Indian Medical Review
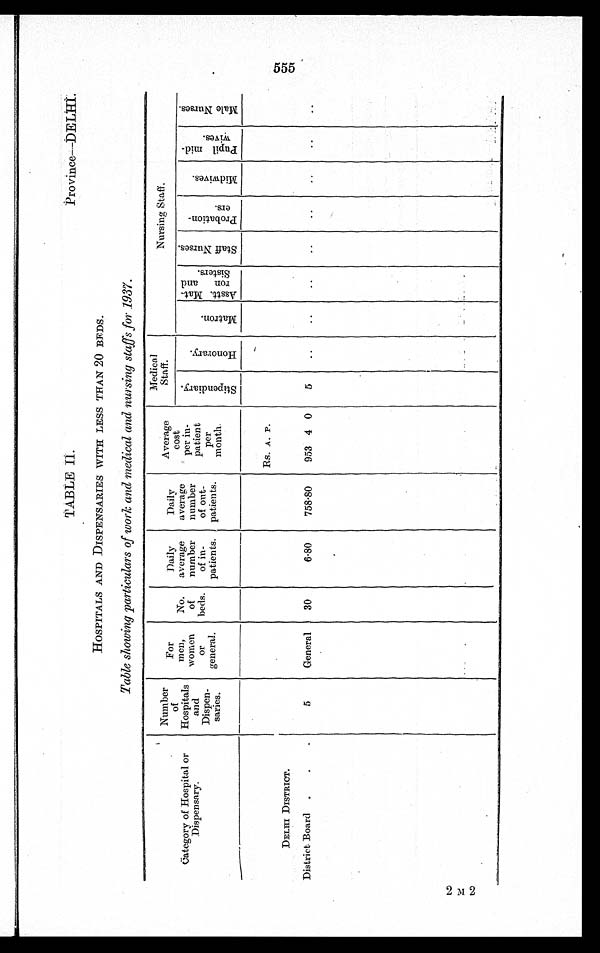
TABLE II.
Province—DELHI.
HOSPITALS AND DISPENSARIES WITH LESS THAN 20 BEDS.
Table showing particulars of work and medical and nursing staffs for 1937.
Category of Hospital or
Dispensary.
Number
of
Hospitals
and
Dispen-
saries.
For
men,
women
or
general .
No.
of
beds.
Daily
average
number
of in-
patients.
Daily
average
number
of out-
patients.
Average
cost
per in-
patient
per
month.
Medical
Staff.
Nursing Staff.
S t i p e n d i a r y .
H o n o r a r y .
M a t r o n .
A s s t t . M a t -
r o n a n d
S i s t e r s .
S t a f f N u r s e s .
P r o b a t i o n -
er s.
M i d w i v e s . P u p i l m i d -
w i v e s .
M a l e N u r s e s .
Rs. A. P.
DELHI DISTRICT.
District Board
5
General 30
6.80 758.80 953 4 0 5
2 M 2
5 5 5